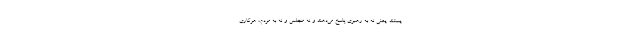
یستند. یعنی نه به رهبری پاسخ می‌دهند و نه مجلس و نه به مردم، هرکاری